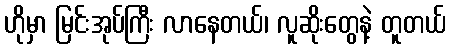
ဟိုမှာ မြင်းအုပ်ကြီး လာနေတယ်၊ လူဆိုးတွေနဲ့ တူတယ်